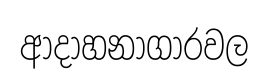
ආදාහනාගාරවල